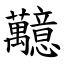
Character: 䖁